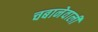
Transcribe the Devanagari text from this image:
चबानेवाली